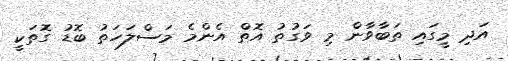
އަދި މީގައި ތަބާވާން މި ވަގުތު އޮތް އެންމެ މަސްލަހަތު ބޮޑު ގޮތަކީ